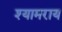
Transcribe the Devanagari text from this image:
श्यामराय